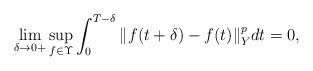
LaTeX: \begin{align*}\lim_{\delta\rightarrow 0+} \sup_{f\in\Upsilon} \int_0^{T-\delta} \Vert f(t+\delta) - f(t) \Vert_Y^p dt = 0 ,\end{align*}